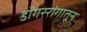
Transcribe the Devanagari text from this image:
डोंगररांगातून